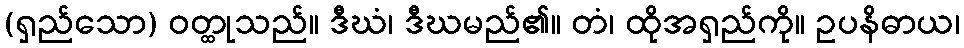
(ရှည်သော) ဝတ္ထုသည်။ ဒီဃံ၊ ဒီဃမည်၏။ တံ၊ ထိုအရှည်ကို။ ဥပနိဓာယ၊